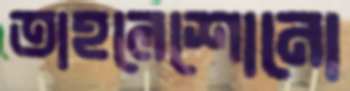
তাহলেশোনো